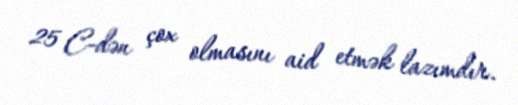
25 C-dən çox olmasını aid etmək lazımdır.